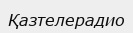
Қазтелерадио